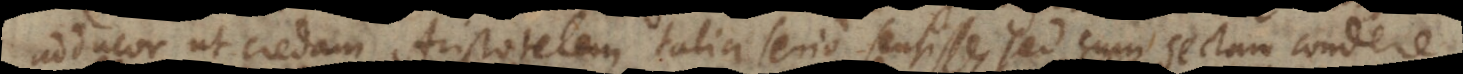
adducor ut credam Aristotelem talia serio sensisse, sed cum sectam condere